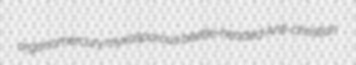
organomercury myxosporous beetle-headed Anti-christian